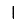
Digit: 1